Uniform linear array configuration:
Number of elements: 32
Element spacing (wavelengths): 1
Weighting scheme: blackman
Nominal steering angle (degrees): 60
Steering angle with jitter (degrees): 59.13
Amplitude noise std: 0.05
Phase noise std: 0.05

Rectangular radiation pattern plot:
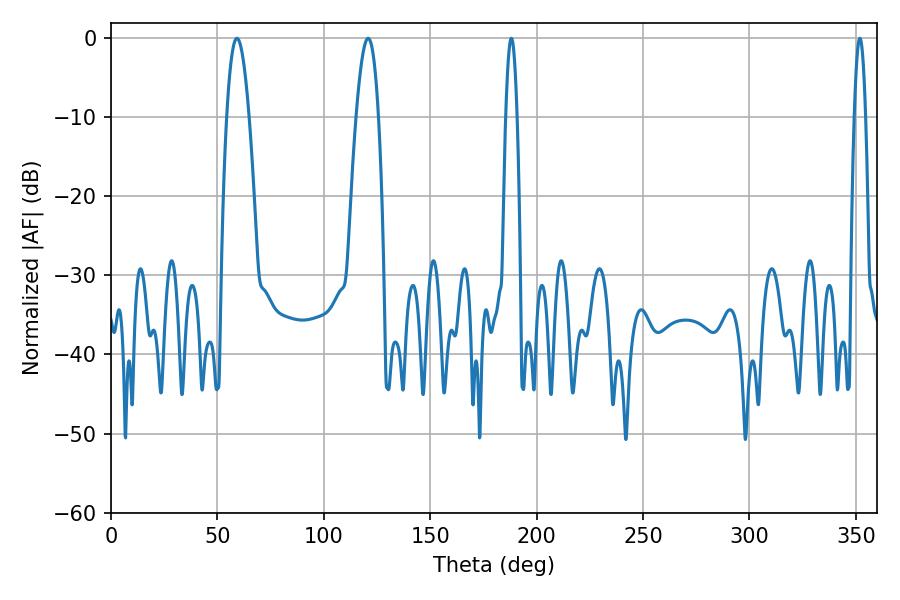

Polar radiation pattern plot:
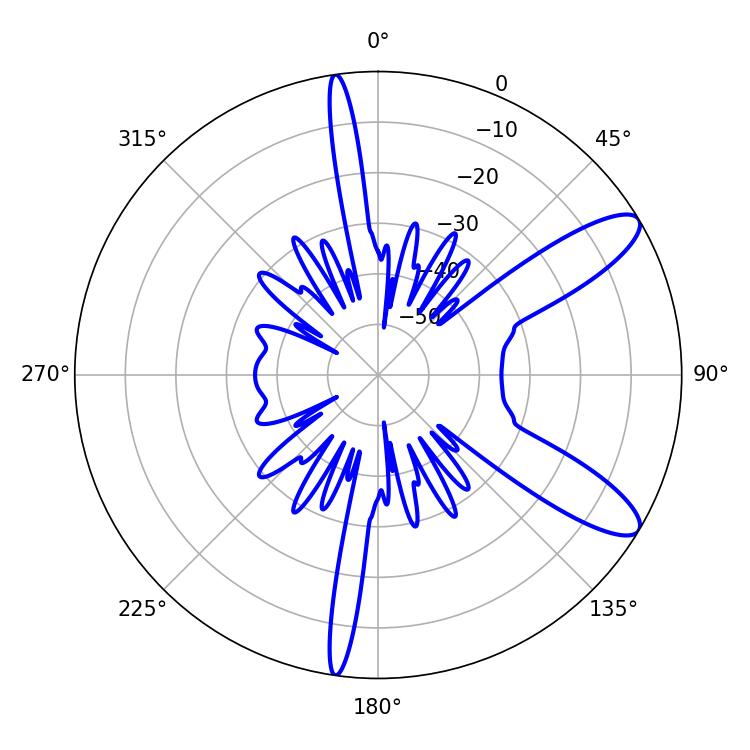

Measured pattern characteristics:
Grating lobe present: TRUE
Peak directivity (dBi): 10.67
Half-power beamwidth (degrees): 2.88
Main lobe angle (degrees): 188.1